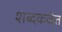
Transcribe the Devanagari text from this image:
शब्दकळेत